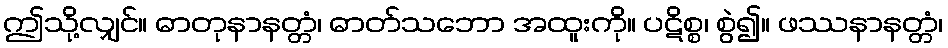
ဤသို့လျှင်။ ဓာတုနာနတ္တံ၊ ဓာတ်သဘော အထူးကို။ ပဋိစ္စ၊ စွဲ၍။ ဖဿနာနတ္တံ၊